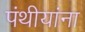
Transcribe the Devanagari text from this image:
पंथीयांना